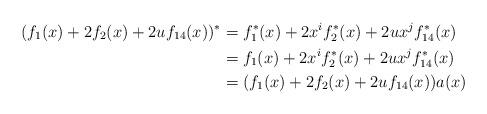
LaTeX: \begin{align*}(f_1(x)+2f_2(x)+2uf_{14}(x))^* & = f_1^*(x)+2x^if_2^*(x)+2ux^jf_{14}^*(x) \\ & = f_1(x)+2x^if_2^*(x)+2ux^jf_{14}^*(x)\\& = (f_1(x)+2f_2(x)+2uf_{14}(x))a(x)\end{align*}